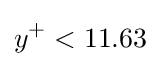
y^{+}<11.63